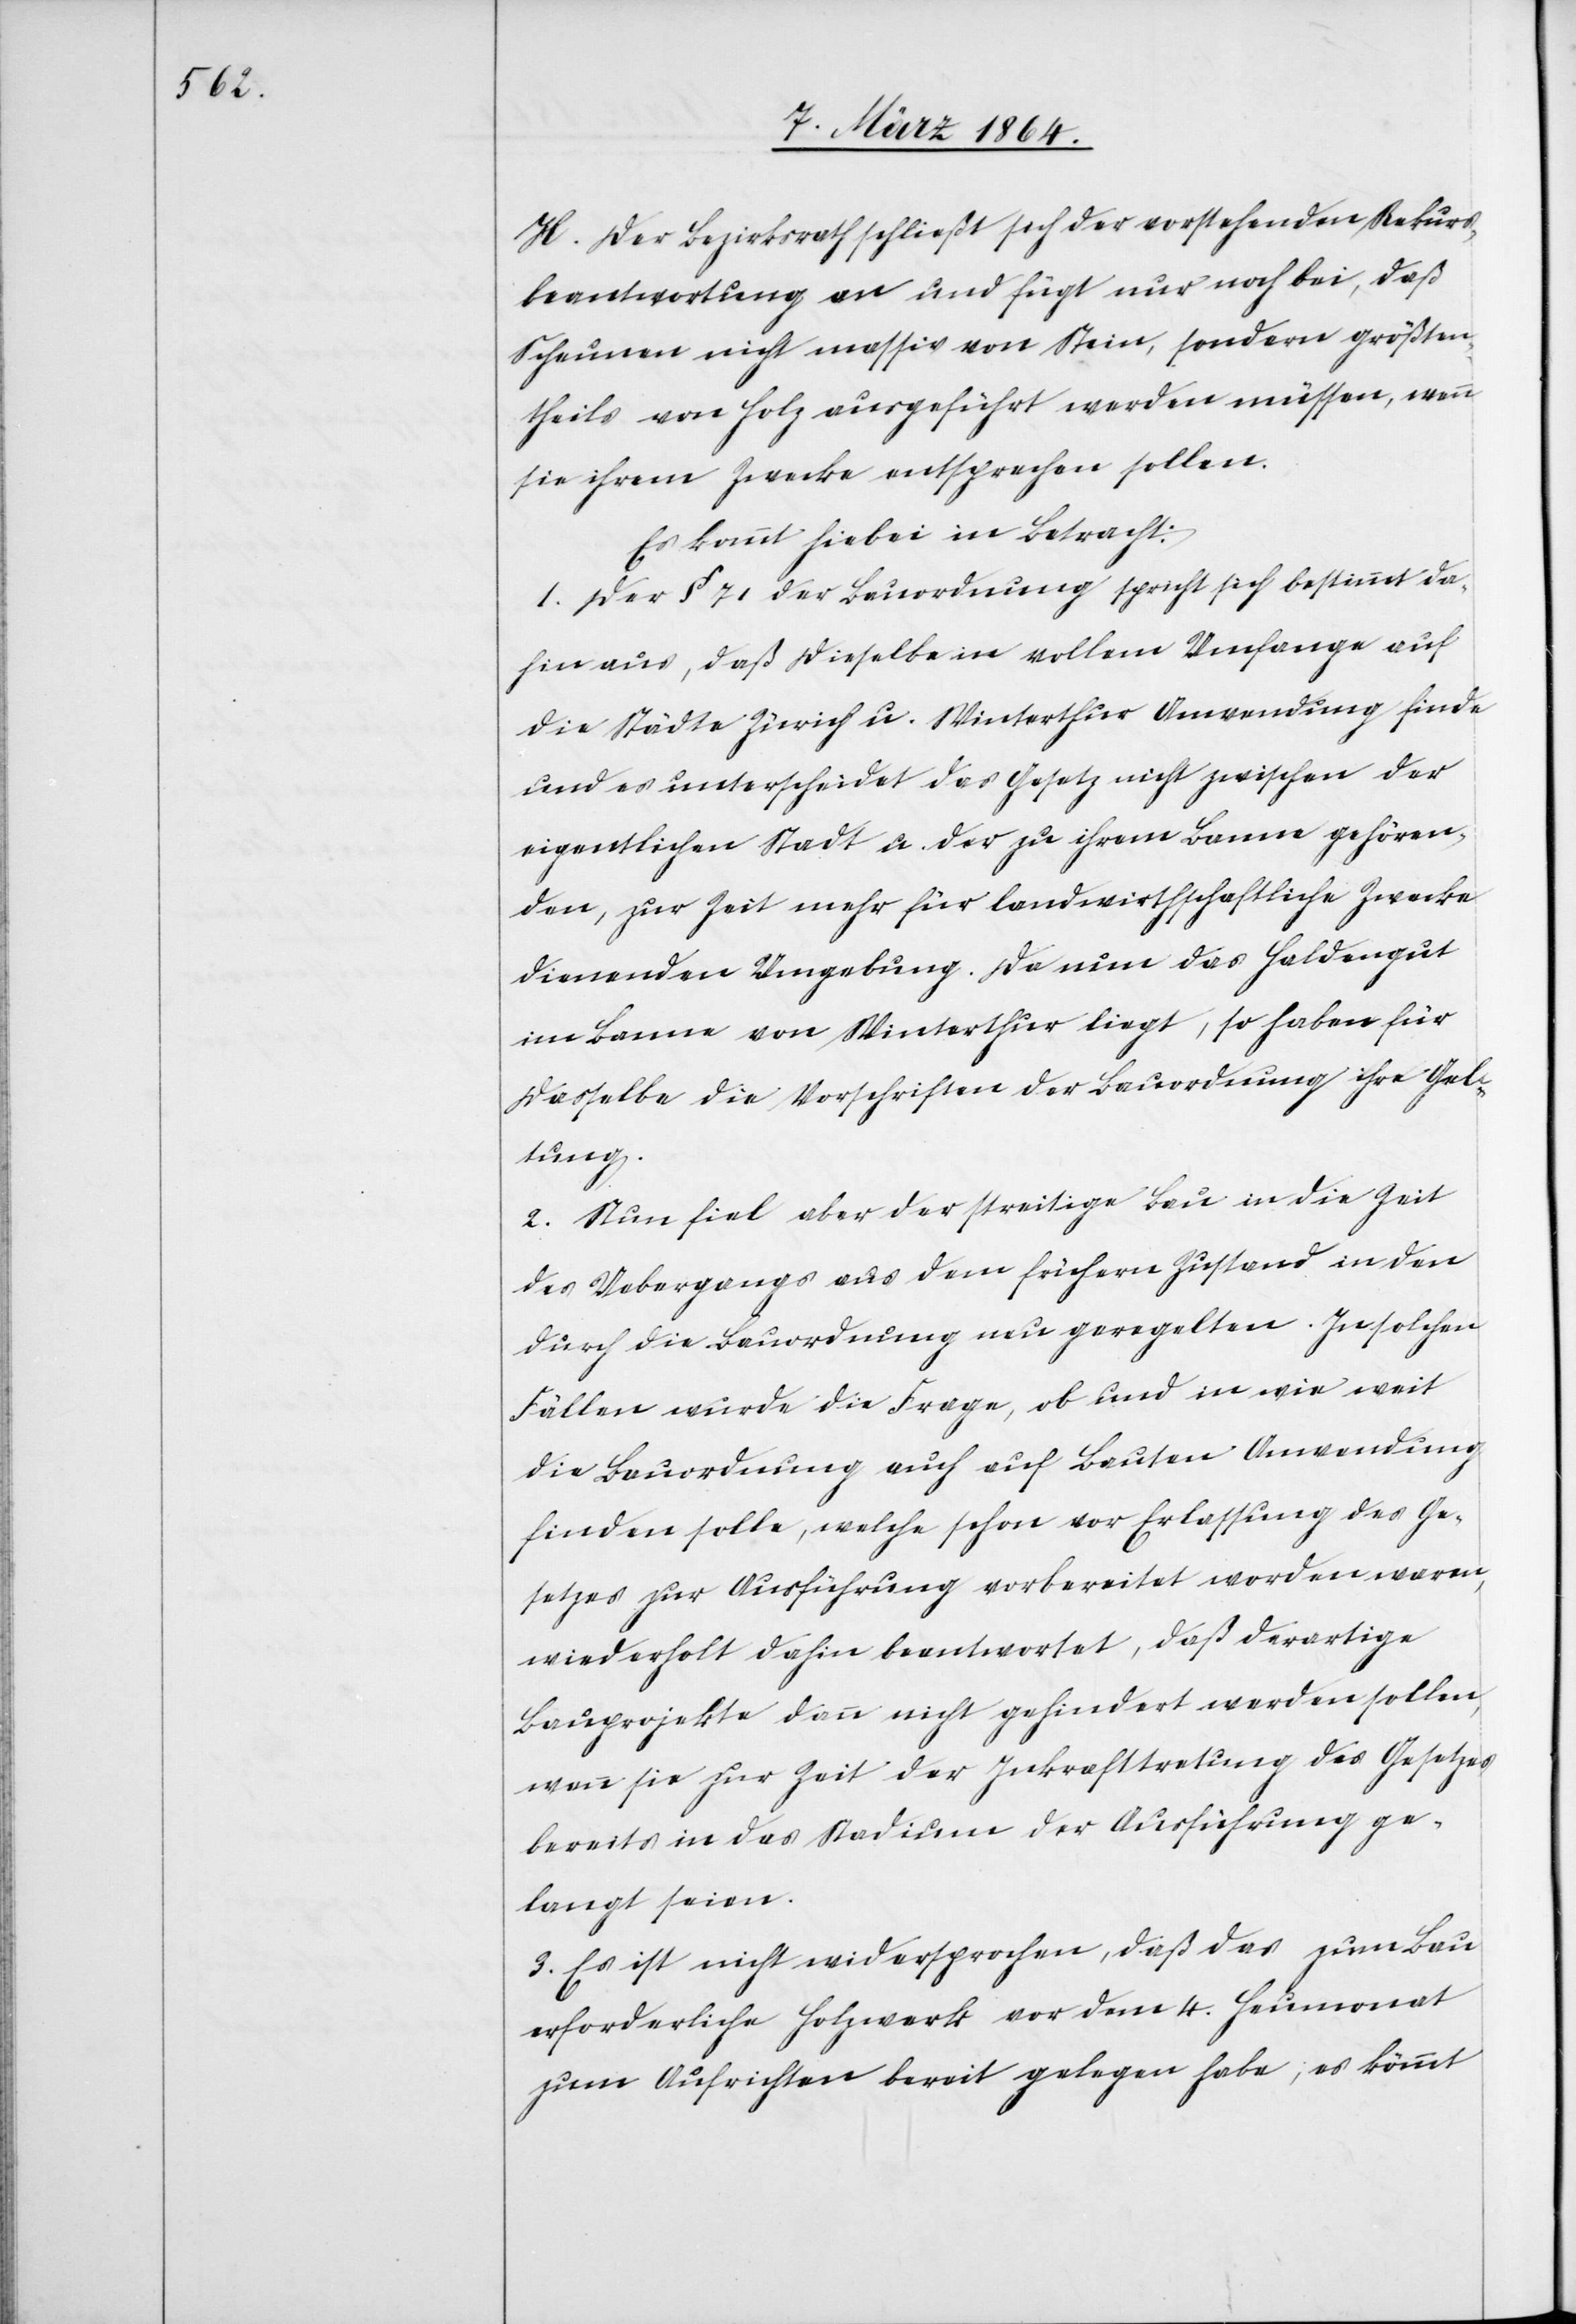
H. Der Bezirksrath schließt sich der vorstehenden Rekurs¬
beantwortung an und fügt nur noch bei, daß
Scheunen nicht massiv von Stein, sondern größten¬
theils von Holz ausgeführt werden müssen, wenn
sie ihrem Zwecke entsprechen sollen.
Es kommt hiebei in Betracht:
1. Der § 71 der Bauordnung spricht sich bestimmt da¬
hin aus, daß dieselbe in vollem Umfange auf
die Städte Zürich u. Winterthur Anwendung finde
und es unterscheidet das Gesetz nicht zwischen der
eigentlichen Stadt u. der zu ihrem Banne gehören¬
den, zur Zeit mehr für landwirthschaftliche Zwecke
dienenden Umgebung. Da nun das Haldengut
im Banne von Winterthur liegt, so haben für
dasselbe die Vorschriften der Bauordnung ihre Gel¬
tung.
2. Nun fiel aber der streitige Bau in die Zeit
des Uebergangs aus dem frühern Zustand in den
durch die Bauordnung neu geregelten. In solchen
Fällen wurde die Frage, ob und in wie weit
die Bauordnung auch auf Bauten Anwendung
finden solle, welche schon vor Erlassung des Ge¬
setzes zur Ausführung vorbereitet worden waren,
wiederholt dahin beantwortet, daß derartige
Bauprojekte dann nicht gehindert werden sollen,
wenn sie zur Zeit der Inkrafttretung des Gesetzes
bereits in das Stadium der Ausführung ge¬
langt seien.
3. Es ist nicht widersprochen, daß das zum Bau
erforderliche Holzwerk vor dem 4. Heumonat
zum Aufrichten bereit gelegen habe; es kömmt